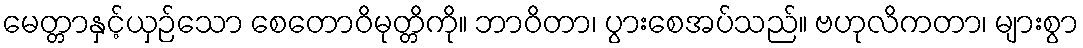
မေတ္တာနှင့်ယှဉ်သော စေတောဝိမုတ္တိကို။ ဘာဝိတာ၊ ပွားစေအပ်သည်။ ဗဟုလိကတာ၊ များစွာ